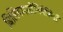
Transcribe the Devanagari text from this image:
बिलियमसोनियेसिई